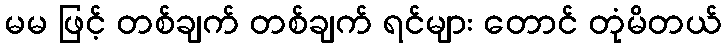
မမ ဖြင့် တစ်ချက် တစ်ချက် ရင်များ တောင် တုံမိတယ်